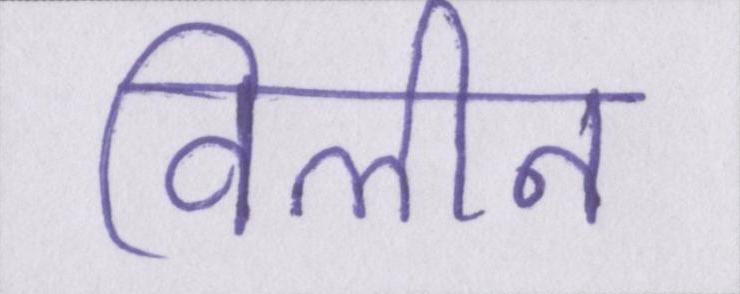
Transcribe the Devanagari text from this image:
विलीन